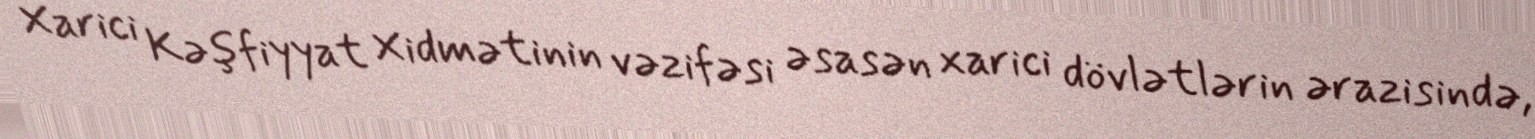
Xarici Kəşfiyyat Xidmətinin vəzifəsi əsasən xarici dövlətlərin ərazisində,